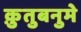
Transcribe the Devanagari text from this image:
क़ुतुबनुमे